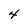
Character: 4